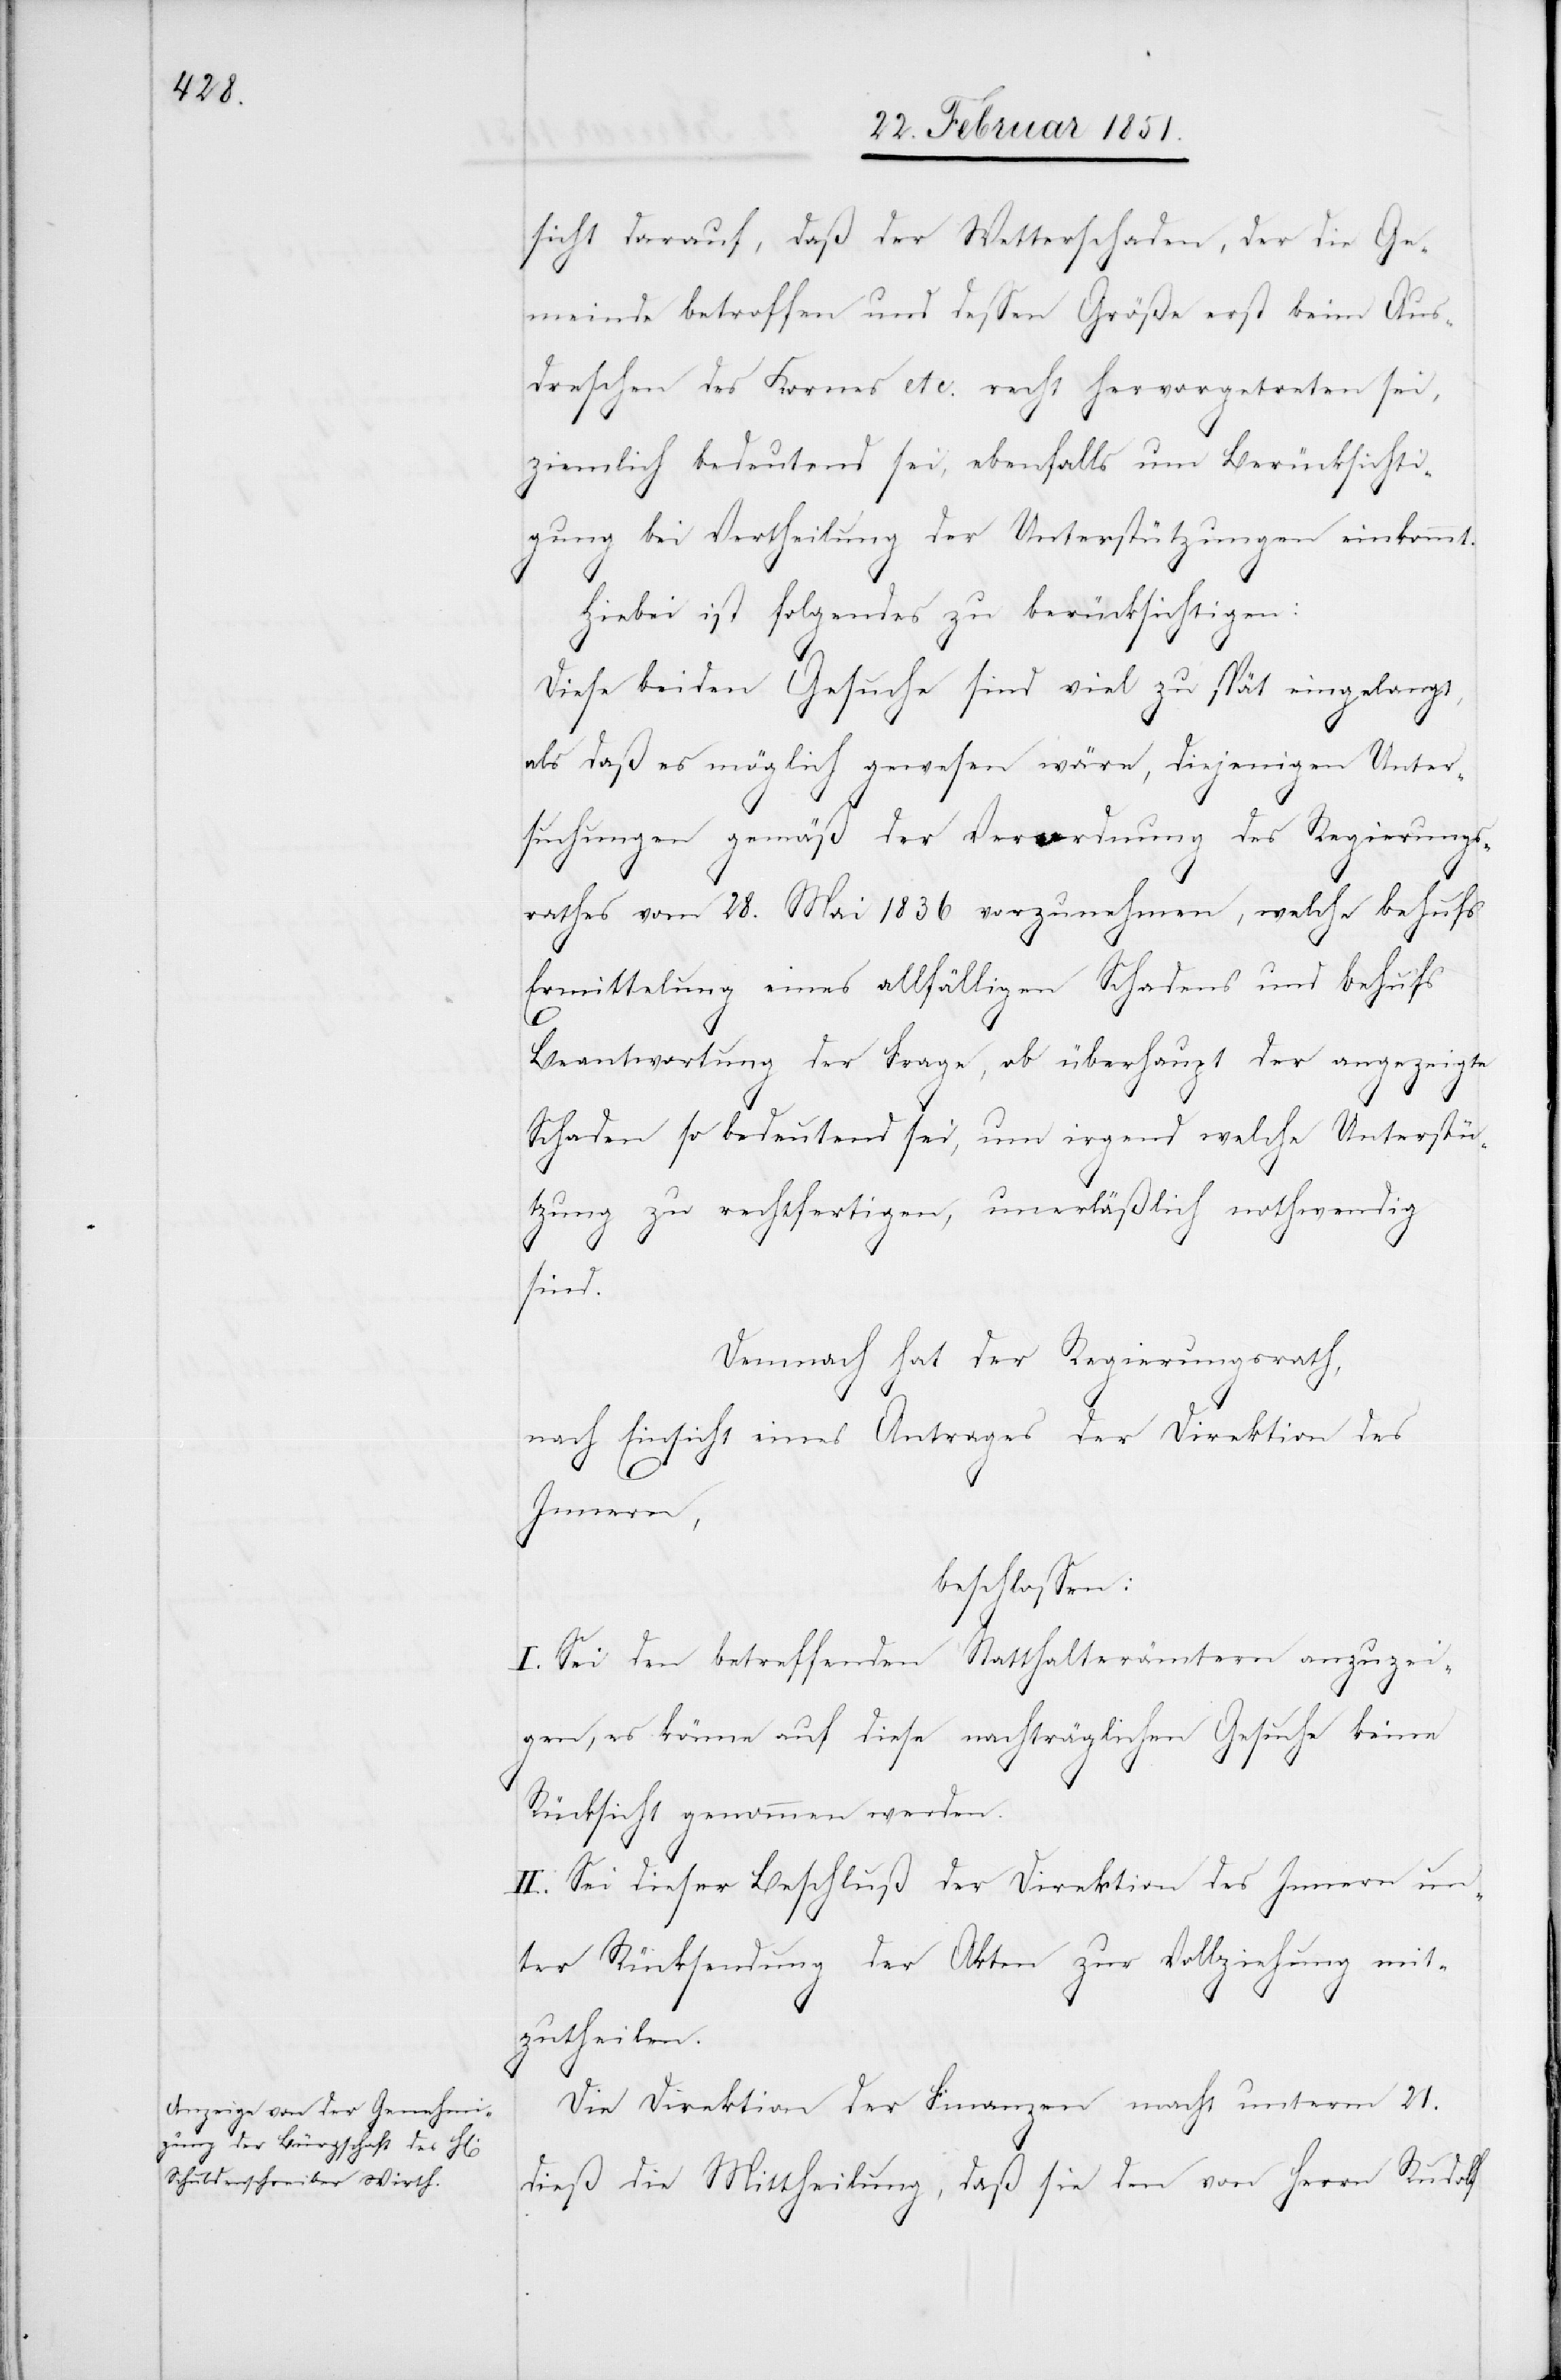
sicht darauf, daß der Wetterschaden, der die Ge¬
meinde betroffen und dessen Größe erst beim Aus¬
dreschen des Kornes etc. recht hervorgetreten sei,
ziemlich bedeutend sei, ebenfalls um Berücksichti¬
gung bei Vertheilung der Unterstützungen einkommt.
Hiebei ist folgendes zu berücksichtigen:
Diese beiden Gesuche sind viel zu spät eingelangt,
als daß es möglich gewesen wäre, diejenigen Unter¬
suchungen gemäß der Verordnung des Regierungs¬
rathes vom 28. Mai 1836 vorzunehmen, welche behufs
Ermittelung eines allfälligen Schadens und behufs
Beantwortung der Frage, ob überhaupt der angezeigte
Schaden so bedeutend sei, um irgend welche Unterstü¬
tzung zu rechtfertigen, unerläßlich nothwendig
sind.
Demnach hat der Regierungsrath,
nach Einsicht eines Antrages der Direktion des
Innern,
beschlossen:
I. Sei den betreffenden Statthalterämtern anzuzei¬
gen, es könne auf diese nachträglichen Gesuche keine
Rücksicht genommen werden.
II. Sei dieser Beschluß der Direktion des Innern un¬
ter Rücksendung der Akten zur Vollziehung mit¬
zutheilen.
Die Direktion der Finanzen macht unterm 21.
dieß die Mittheilung, daß sie den von Herrn Rudolf